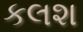
કલશ